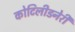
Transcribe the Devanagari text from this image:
कोटिलीडनेरी